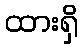
ထားရှိ